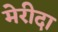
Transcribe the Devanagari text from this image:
मेरीदा